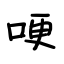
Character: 哽